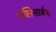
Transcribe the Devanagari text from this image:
एलिसाबेथ